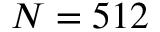
N = 5 1 2